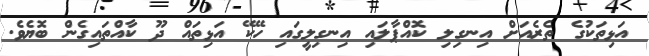
އަޅިތަކުގެ ތެރެއަށް އިނގިލި ކޮއްޕާލައި އިނގިލީގައި ހޭކޭ އަޅިތައް ދޫ ކާއްތައިގެން ބޮޔެވެ.